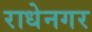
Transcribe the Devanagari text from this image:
राधेनगर